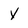
Character: y